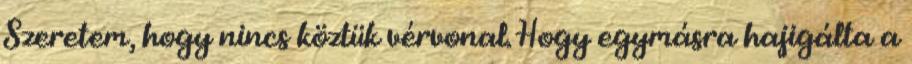
Szeretem, hogy nincs köztük vérvonal. Hogy egymásra hajigálta a